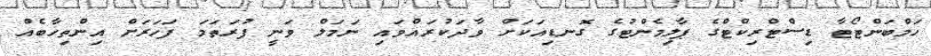
ހަމްބަންޓޯޓާ ޑިސްޓްރިކްޓްގެ ޕާލިމެންޓުގެ ގޮނޑިއަކަށް ވާދަކުރައްވައި ނަމަލް ވަނީ ފުރަތަމަ ފަހަރަށް އިންތިހާބެއް